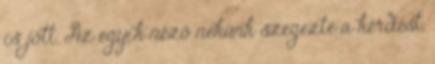
is jött. Az egyik néző nekünk szegezte a kérdést,